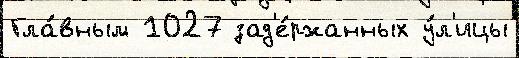
Гла́вным 1027 зад'е́ржанных у́л'ицы